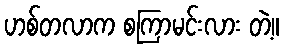
ဟစ်တလာက စကြာမင်းလား တဲ့။